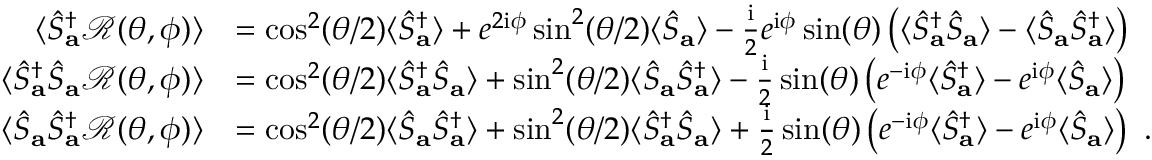
\begin{array} { r l } { \langle \hat { S } _ { \mathbf { a } } ^ { \dagger } \mathcal { R } ( \theta , \phi ) \rangle } & { = \cos ^ { 2 } ( \theta / 2 ) \langle \hat { S } _ { \mathbf { a } } ^ { \dagger } \rangle + e ^ { 2 \mathrm { i } \phi } \sin ^ { 2 } ( \theta / 2 ) \langle \hat { S } _ { \mathbf { a } } \rangle - \frac { \mathrm { i } } { 2 } e ^ { \mathrm { i } \phi } \sin ( \theta ) \left( \langle \hat { S } _ { \mathbf { a } } ^ { \dagger } \hat { S } _ { \mathbf { a } } \rangle - \langle \hat { S } _ { \mathbf { a } } \hat { S } _ { \mathbf { a } } ^ { \dagger } \rangle \right) } \\ { \langle \hat { S } _ { \mathbf { a } } ^ { \dagger } \hat { S } _ { \mathbf { a } } \mathcal { R } ( \theta , \phi ) \rangle } & { = \cos ^ { 2 } ( \theta / 2 ) \langle \hat { S } _ { \mathbf { a } } ^ { \dagger } \hat { S } _ { \mathbf { a } } \rangle + \sin ^ { 2 } ( \theta / 2 ) \langle \hat { S } _ { \mathbf { a } } \hat { S } _ { \mathbf { a } } ^ { \dagger } \rangle - \frac { \mathrm { i } } { 2 } \sin ( \theta ) \left( e ^ { - \mathrm { i } \phi } \langle \hat { S } _ { \mathbf { a } } ^ { \dagger } \rangle - e ^ { \mathrm { i } \phi } \langle \hat { S } _ { \mathbf { a } } \rangle \right) } \\ { \langle \hat { S } _ { \mathbf { a } } \hat { S } _ { \mathbf { a } } ^ { \dagger } \mathcal { R } ( \theta , \phi ) \rangle } & { = \cos ^ { 2 } ( \theta / 2 ) \langle \hat { S } _ { \mathbf { a } } \hat { S } _ { \mathbf { a } } ^ { \dagger } \rangle + \sin ^ { 2 } ( \theta / 2 ) \langle \hat { S } _ { \mathbf { a } } ^ { \dagger } \hat { S } _ { \mathbf { a } } \rangle + \frac { \mathrm { i } } { 2 } \sin ( \theta ) \left( e ^ { - \mathrm { i } \phi } \langle \hat { S } _ { \mathbf { a } } ^ { \dagger } \rangle - e ^ { \mathrm { i } \phi } \langle \hat { S } _ { \mathbf { a } } \rangle \right) ~ . } \end{array}